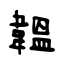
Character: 韞